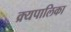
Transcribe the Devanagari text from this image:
क्र्यपालिका